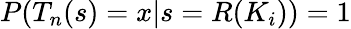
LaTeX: P(T_{n}(s)=x|s=R(K_{i}))=1